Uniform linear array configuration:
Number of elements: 16
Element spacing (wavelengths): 1
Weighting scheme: hamming
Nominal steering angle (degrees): -45
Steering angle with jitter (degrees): -46.634
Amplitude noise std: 0.05
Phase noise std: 0.05

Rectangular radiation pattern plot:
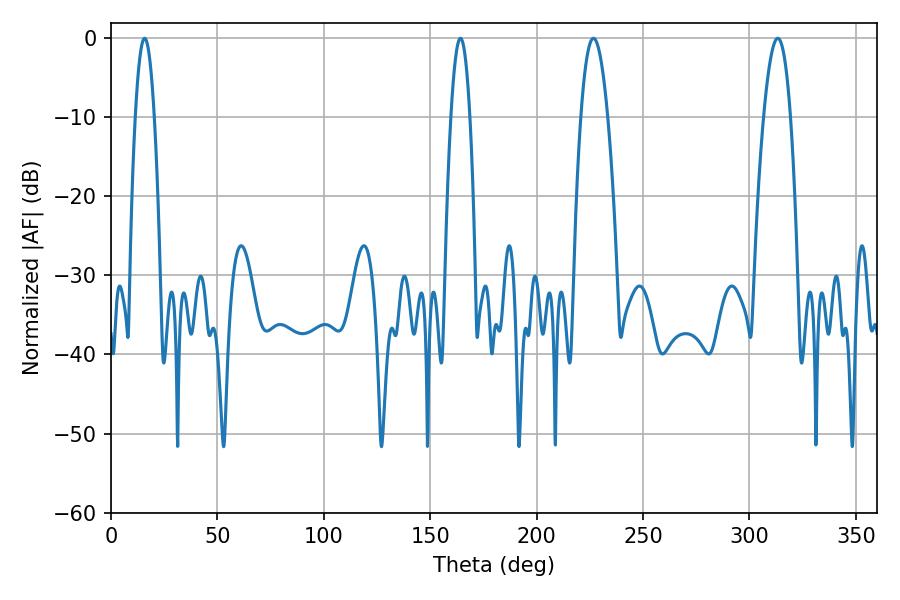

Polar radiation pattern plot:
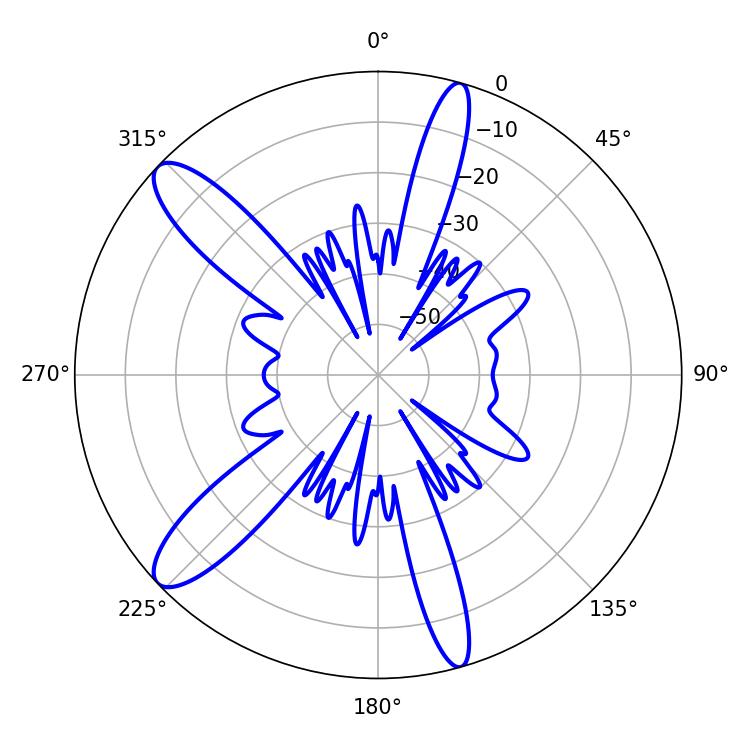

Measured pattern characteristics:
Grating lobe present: TRUE
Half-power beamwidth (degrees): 4.86
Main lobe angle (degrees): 164.16